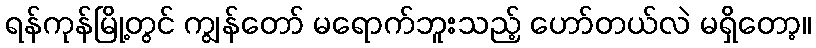
ရန်ကုန်မြို့တွင် ကျွန်တော် မရောက်ဘူးသည့် ဟော်တယ်လဲ မရှိတော့။